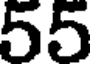
55